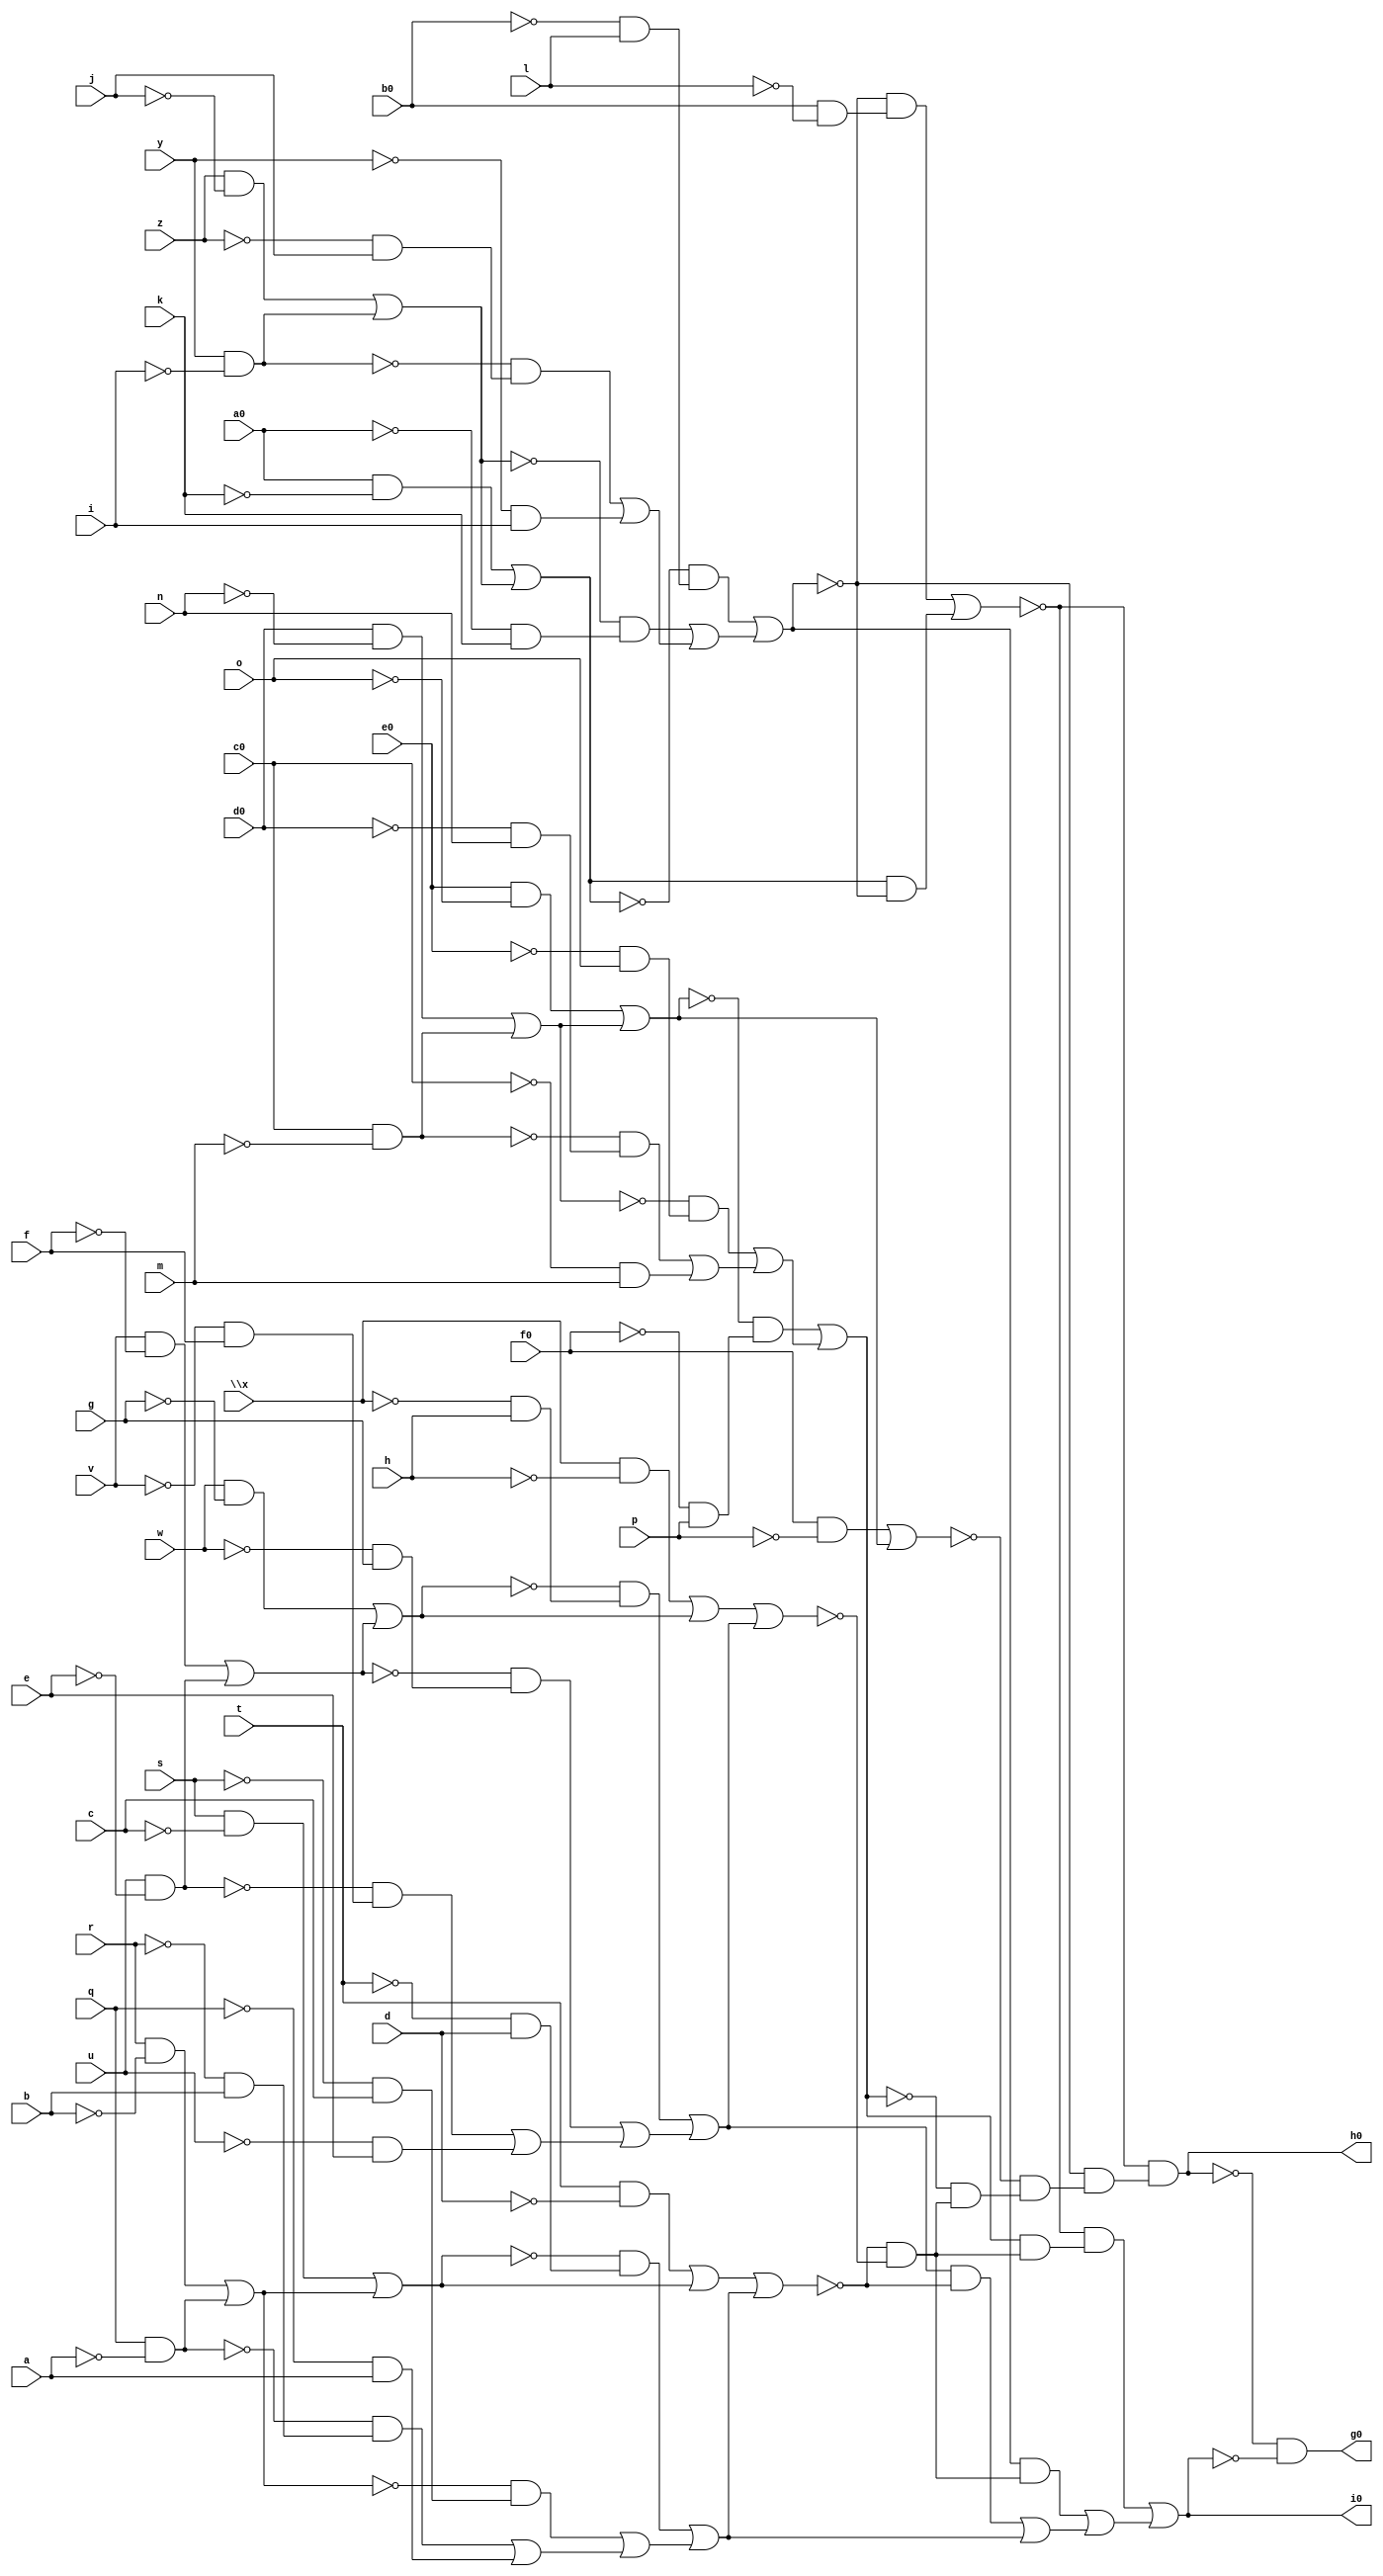
// IWLS benchmark module "comp" printed on Wed May 29 16:07:21 2002
module comp(a, b, c, d, e, f, g, h, i, j, k, l, m, n, o, p, q, r, s, t, u, v, w, \x , y, z, a0, b0, c0, d0, e0, f0, g0, h0, i0);
input
  a,
  b,
  c,
  d,
  e,
  f,
  g,
  h,
  i,
  j,
  k,
  l,
  m,
  n,
  o,
  p,
  q,
  r,
  s,
  t,
  u,
  v,
  w,
  \x ,
  y,
  z,
  a0,
  b0,
  c0,
  d0,
  e0,
  f0;
output
  g0,
  h0,
  i0;
wire
  m0,
  \[15] ,
  \[16] ,
  o0,
  o1,
  o2,
  \[17] ,
  \[18] ,
  q0,
  s0,
  \[0] ,
  \[1] ,
  b2,
  b3,
  \[2] ,
  c1,
  d1,
  w0,
  e1,
  x0,
  f1,
  \[10] ,
  \[9] ,
  \[11] ,
  \[12] ;
assign
  m0 = (f0 & ~p) | \[15] ,
  \[15]  = (e0 & ~o) | \[9] ,
  \[16]  = (a0 & ~k) | \[10] ,
  o0 = (~d1 & (b0 & ~l)) | (\[16]  & ~d1),
  o1 = c0 & ~m,
  o2 = u & ~e,
  \[17]  = (w & ~g) | \[11] ,
  \[18]  = (s & ~c) | \[12] ,
  q0 = (\x  & ~h) | \[17] ,
  s0 = (t & ~d) | \[18] ,
  \[0]  = ~\[1]  & ~\[2] ,
  \[1]  = ~o0 & (~d1 & (~m0 & (~c1 & (~x0 & ~w0)))),
  b2 = y & ~i,
  b3 = q & ~a,
  \[2]  = (~o0 & (c1 & (~x0 & ~w0))) | ((d1 & (~x0 & ~w0)) | ((e1 & ~x0) | f1)),
  c1 = (~\[15]  & (~f0 & p)) | ((~\[9]  & (~e0 & o)) | ((~o1 & (~d0 & n)) | (~c0 & m))),
  d1 = (~\[16]  & (~b0 & l)) | ((~\[10]  & (~a0 & k)) | ((~b2 & (~z & j)) | (~y & i))),
  w0 = q0 | e1,
  e1 = (~\[17]  & (~\x  & h)) | ((~\[11]  & (~w & g)) | ((~o2 & (~v & f)) | (~u & e))),
  x0 = s0 | f1,
  f1 = (~\[18]  & (~t & d)) | ((~\[12]  & (~s & c)) | ((~b3 & (~r & b)) | (~q & a))),
  g0 = \[0] ,
  h0 = \[1] ,
  \[10]  = (z & ~j) | b2,
  i0 = \[2] ,
  \[9]  = (d0 & ~n) | o1,
  \[11]  = (v & ~f) | o2,
  \[12]  = (r & ~b) | b3;
endmodule